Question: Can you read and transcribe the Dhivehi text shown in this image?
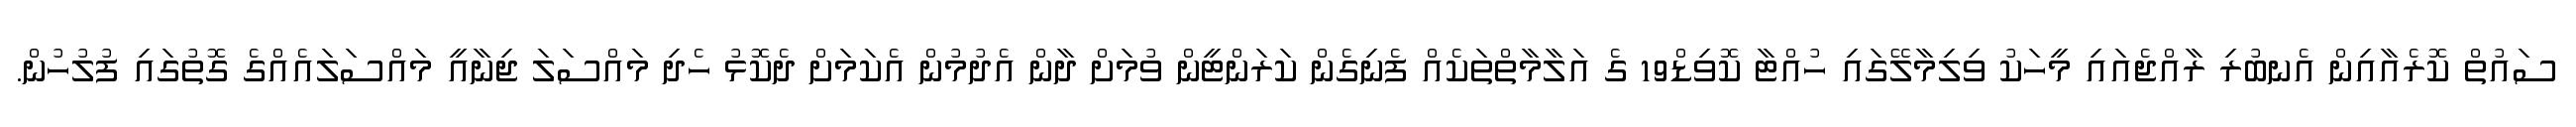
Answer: ސައުތް ކޮރެއާއިން އެނބުރި ރާއްޖެއައި މީހަކު ވިލިމާލޭގައި ހުއްޓާ ކޮވިޑް19 ގެ އަލާމާތްތަކެއް ފެނިގެން ކަރަންޓީން ވުމަށް ދާން އެދުމުން އެކަމަށް ދެކޮޅު ހެދި މައްސަލަ ޖިނާއީ މައްސަލައެއްގެ ގޮތުގައި ފުލުހުން.